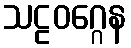
သဠဝဂ္ဂေန